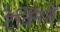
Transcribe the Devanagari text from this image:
टेक्निशे